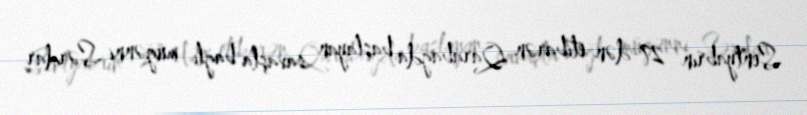
Sentyabrın 27-dən etibarən Qarabağda başlayan savaşla bağlı müğənni Sərdar